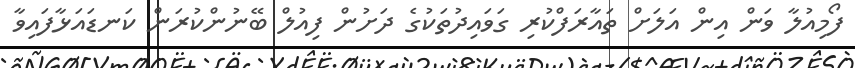
ފޯމިއުލާ ވަން އިން އަލަށް ތައާރަފްކުރި ގަވައިދުތަކުގެ ދަށުން ފިއުލް ބޭނުންކުރަން ކަނޑައަޅާފައިވާ